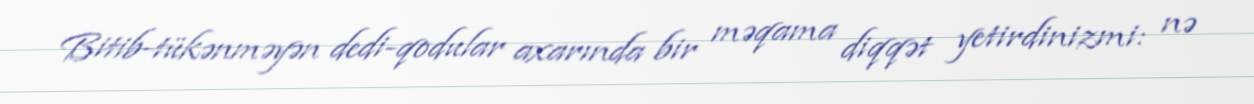
Bitib-tükənməyən dedi-qodular axarında bir məqama diqqət yetirdinizmi: nə